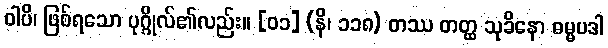
ဝါပိ၊ ဖြစ်ရသော ပုဂ္ဂိုလ်၏လည်း။ [၀၁] (နိ၊ ၁၁၈) တဿ တတ္ထ သုခိနော ဓမ္မပဒါ